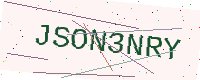
Text: JSON3NRY